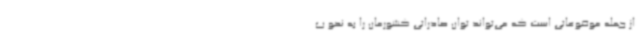
از جمله موضوعاتی است که می‌تواند توان صادراتی کشورمان را به نحو ب